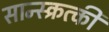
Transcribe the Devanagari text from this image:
सान्स्क्रत्की